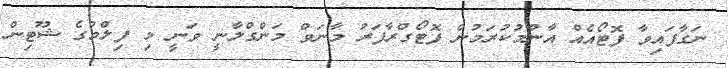
ނަގާފައިވާ ފޮޓޯއެއް އާންމުކުރަމުން ފޮޓޯގްރާފަރު މާނަވް މަންގްލާނީ ވަނީ މި ފިލްމުގެ ޝޫޓިން